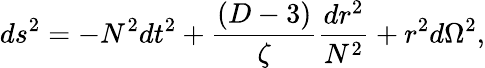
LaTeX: ds^{2}=-N^{2}dt^{2}+\frac{(D-3)}{\zeta}\frac{dr^{2}}{N^{2}}+r^{2}d\Omega^{2},